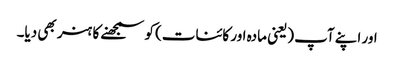
اور اپنے آپ (یعنی مادہ اور کائنات) کو سمجھنے کا ہنر بھی دیا۔